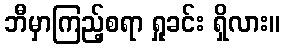
ဘီမှာကြည့်စရာ ရှုခင်း ရှိလား။